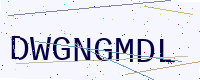
Text: DWGNGMDL